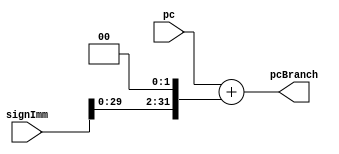
module PCBranch (
    input wire [31:0] pc,         // Valor atual do PC
    input wire [31:0] signImm,    // Deslocamento com sinal (imediato)
    output wire [31:0] pcBranch   // Endereo de desvio calculado
);

    // Calcular o endereo de desvio
    assign pcBranch = pc + (signImm << 2);

endmodule